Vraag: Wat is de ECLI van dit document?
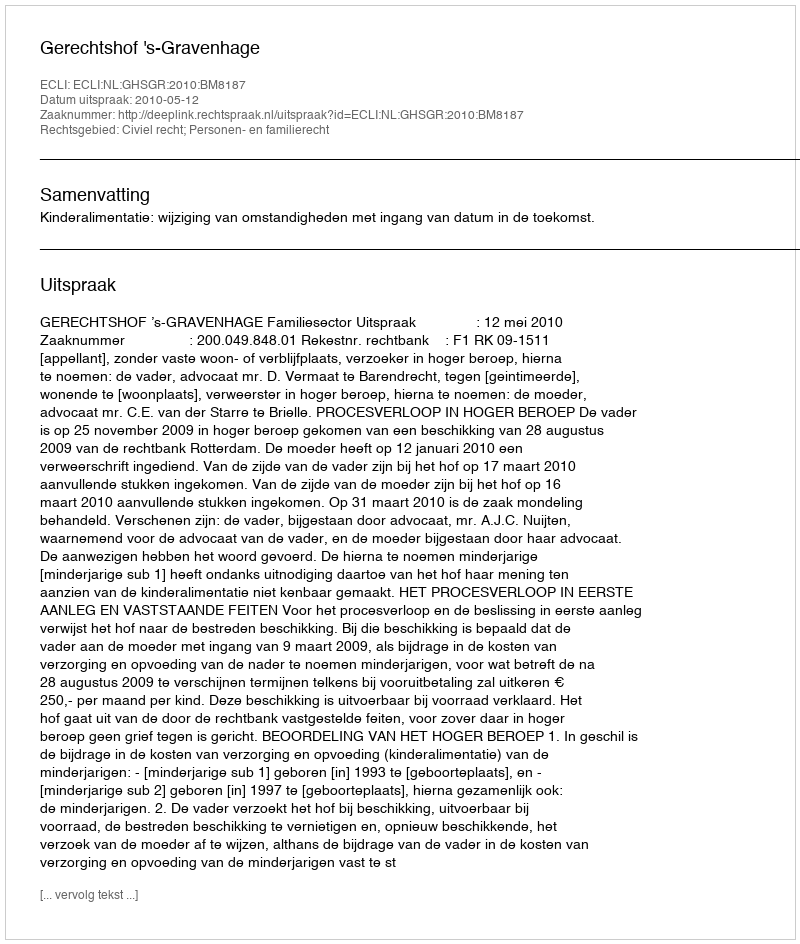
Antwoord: ECLI:NL:GHSGR:2010:BM8187